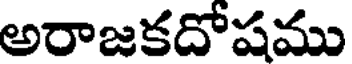
అరాజకదోషము